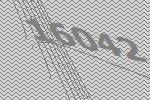
16042